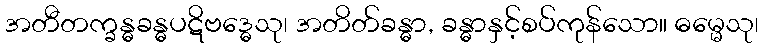
အတီတက္ခန္ဓခန္ဓပဋိဗဒ္ဓေသု၊ အတိတ်ခန္ဓာ, ခန္ဓာနှင့်စပ်ကုန်သော။ ဓမ္မေသု၊